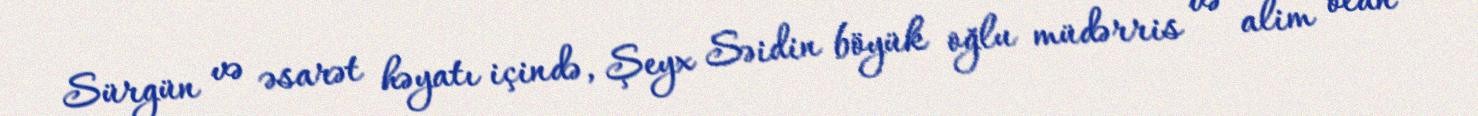
Sürgün və əsarət həyatı içində, Şeyx Səidin böyük oğlu müdərris və alim olan